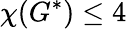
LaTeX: \chi(G^{*})\leq 4